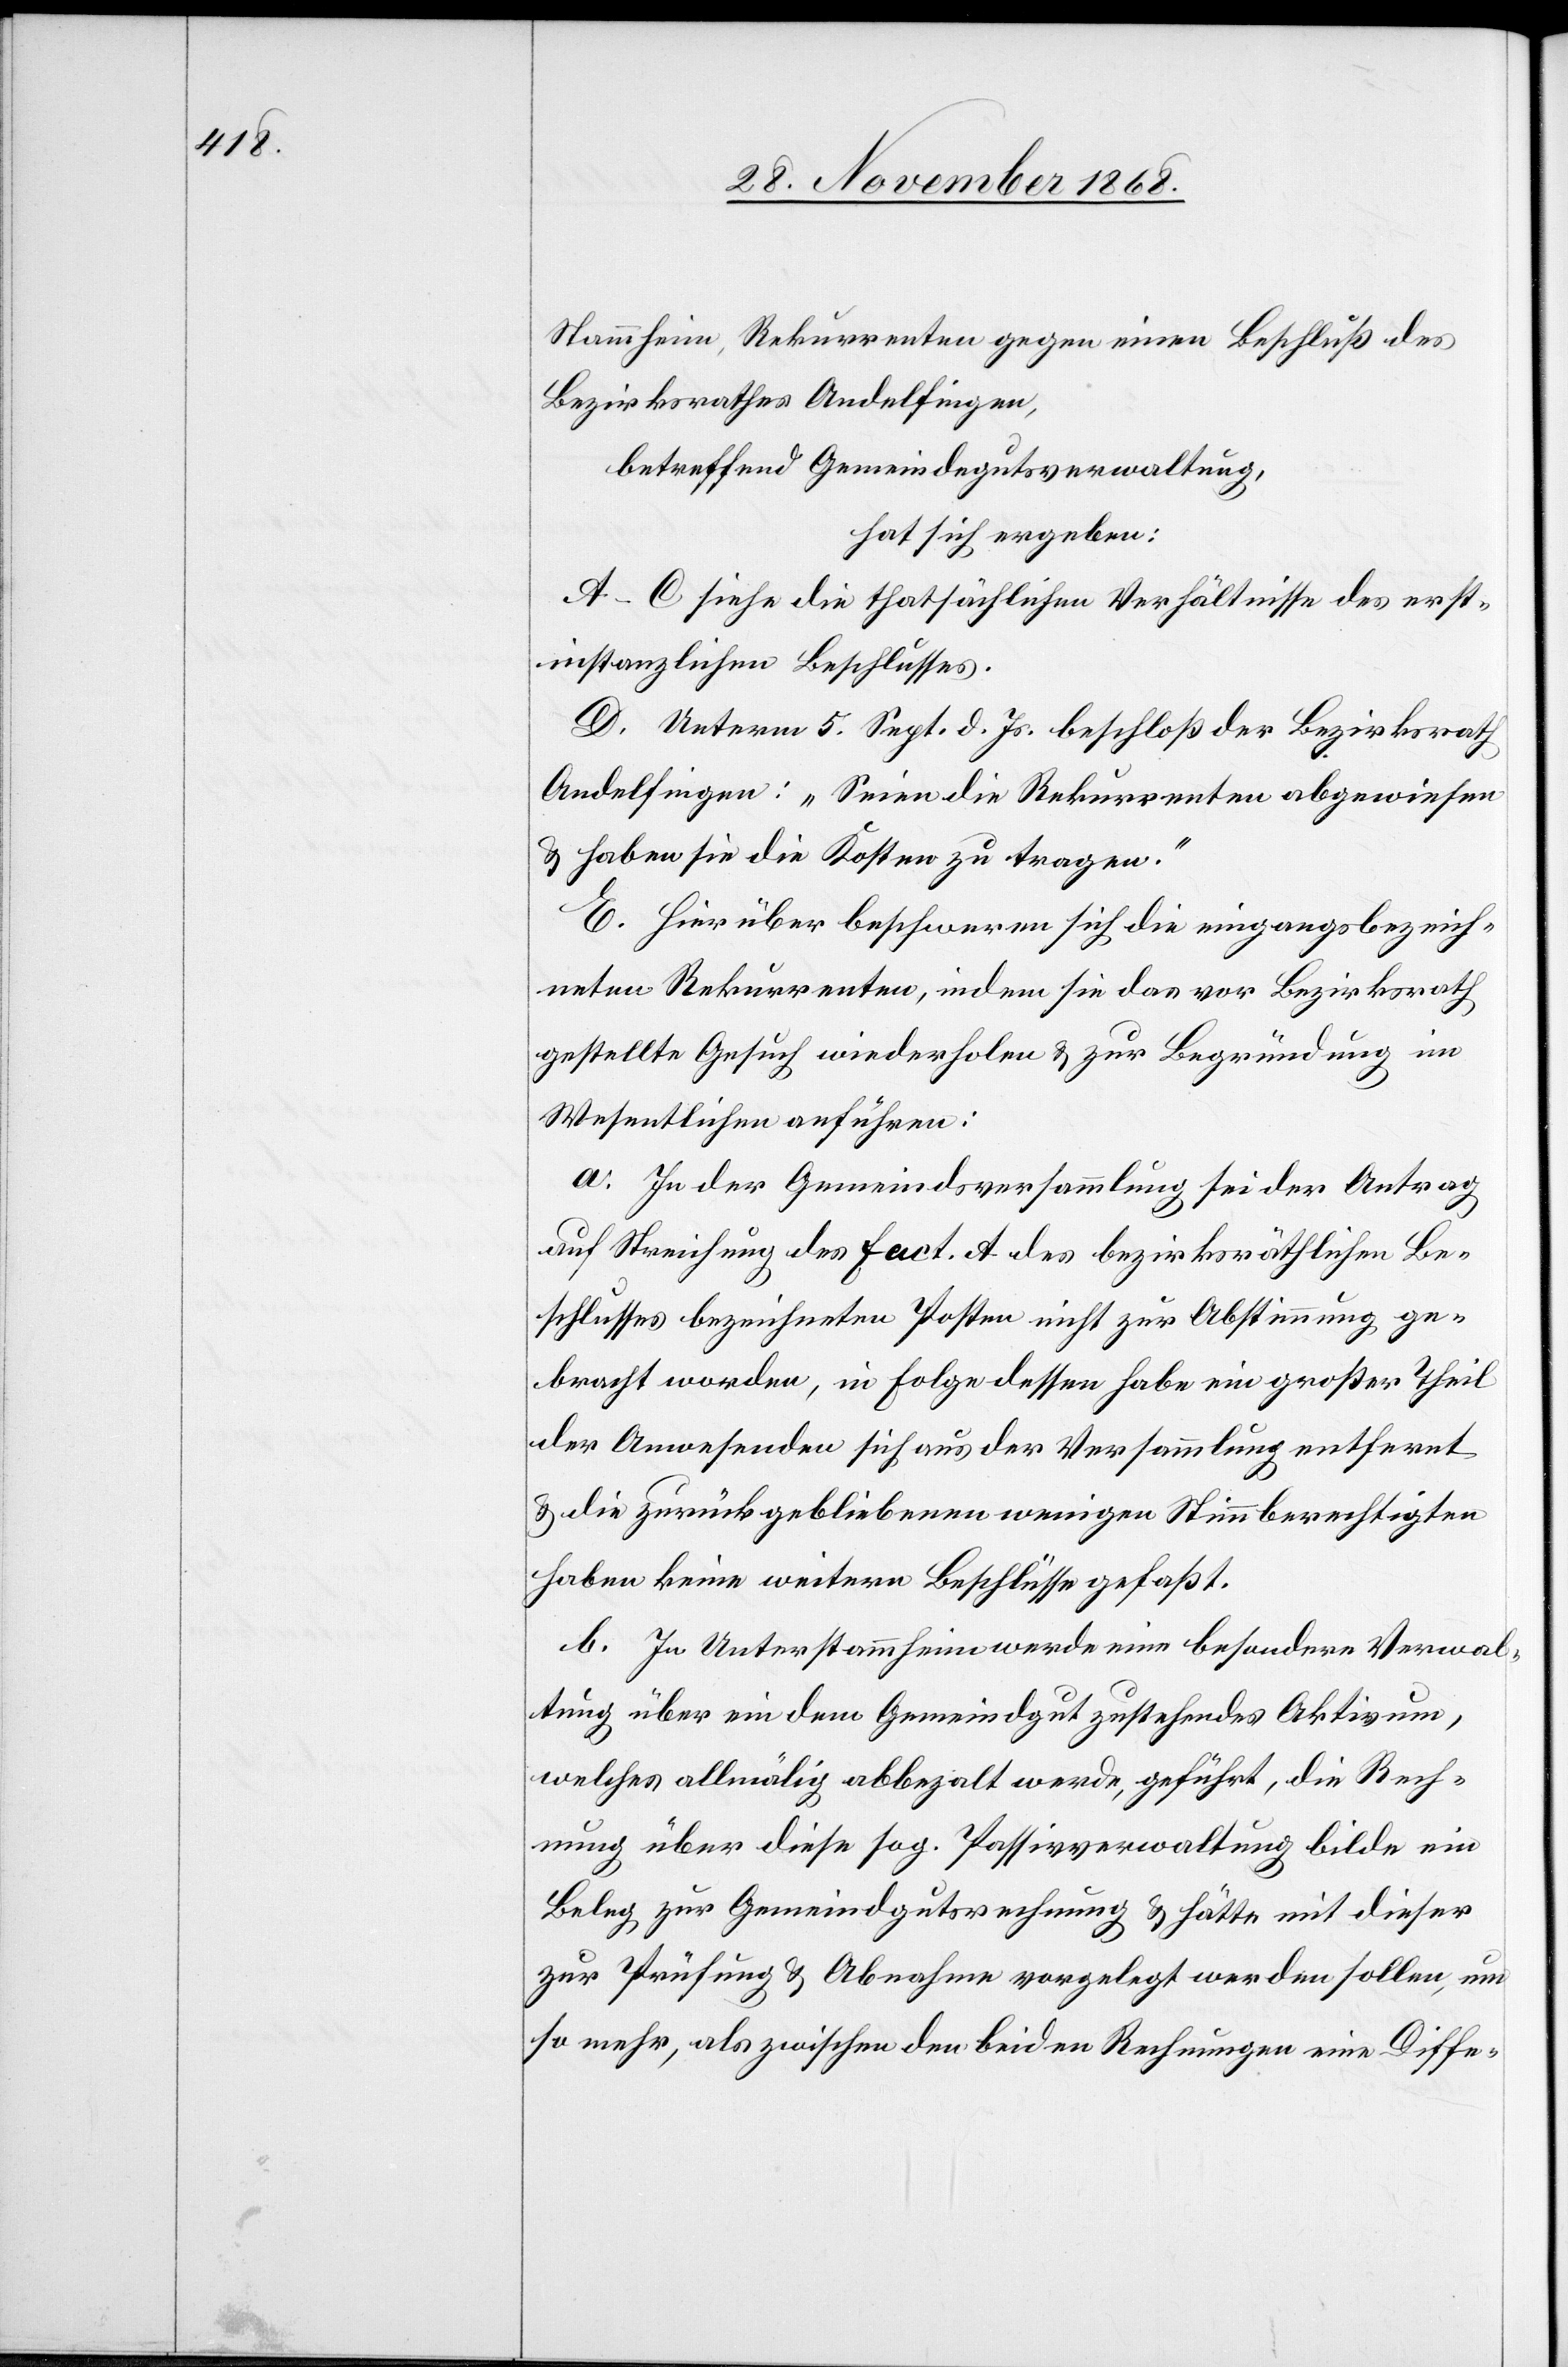
Stammheim, Rekurrenten gegen einen Beschluß des
Bezirksrathes Andelfingen,
betreffend Gemeindegutsverwaltung,
hat sich ergeben:
A–C siehe die thatsächlichen Verhältnisse des erst¬
instanzlichen Beschlusses.
D. Unterm 5. Sept. d. Js. beschloß der Bezirksrath
Andelfingen: „Seien die Rekurrenten abgewiesen
& haben sie die Kosten zu tragen.“
E. Hierüber beschweren sich die eingangsbezeich¬
neten Rekurrenten, indem sie das vor Bezirksrath
gestellte Gesuch wiederholen & zur Begründung im
Wesentlichen anführen:
a. In der Gemeindsversammlung sei der Antrag
auf Streichung des Fact. A des bezirksräthlichen Be¬
schlusses bezeichneten Posten nicht zur Abstimmung ge¬
bracht worden, in Folge dessen habe ein großer Theil
der Anwesenden sich aus der Versammlung entfernt
& die zurückgebliebenen wenigen Stimmberechtigten
haben keine weitern Beschlüsse gefaßt.
b. In Unterstammheim werde eine besondere Verwal¬
tung über ein dem Gemeindgut zustehendes Aktivum,
welches allmälig abbezalt werde, geführt, die Rech¬
nung über diese sog. Passivverwaltung bilde ein
Beleg zur Gemeindgutsrechnung & hätte mit dieser
zur Prüfung & Abnahme vorgelegt werden sollen, um
so mehr, als zwischen den beiden Rechnungen eine Diffe-